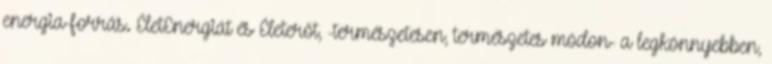
energia-forrás. ÉletEnergiát és Életerőt, -természetesen, természetes módon- a legkönnyebben,